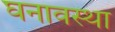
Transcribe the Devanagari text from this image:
घनावस्था